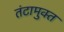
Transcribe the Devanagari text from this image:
तंटामुक्‍त